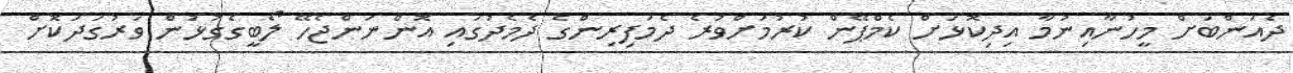
ދެއަންބަށް މީހުނާއިނުމާ އިދިކޮޅަށް ކެމްޕޭން ކުރުމަށްވުރެ ދެމަފިރިންގެ ދެމެދުގައި އޮންނަންޖެހޭ ލޯބީގެގުޅުން ވަރުގަދަކޮށް